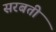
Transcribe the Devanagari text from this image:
सरबती